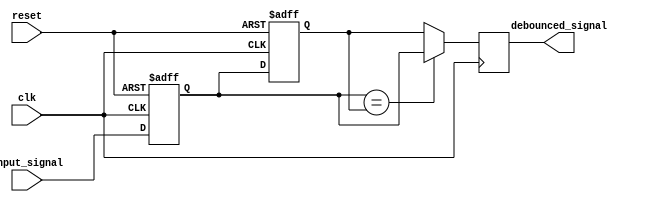
module debounce_circuit (
    input wire clk,
    input wire reset,
    input wire input_signal,
    output reg debounced_signal
);

reg current_state;
reg previous_state;

always @ (posedge clk or posedge reset) begin
    if (reset) begin
        current_state <= 1'b0;
        previous_state <= 1'b0;
    end else begin
        current_state <= input_signal;
        previous_state <= current_state;
    end
end

always @ (posedge clk) begin
    if (current_state == previous_state) begin
        debounced_signal <= current_state;
    end else begin
        debounced_signal <= previous_state;
    end
end

endmodule